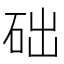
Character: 础